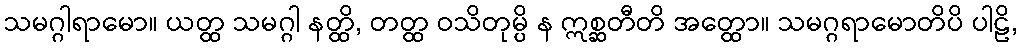
သမဂ္ဂါရာမော။ ယတ္ထ သမဂ္ဂါ နတ္ထိ, တတ္ထ ဝသိတုမ္ပိ န ဣစ္ဆတီတိ အတ္ထော။ သမဂ္ဂရာမောတိပိ ပါဠိ,